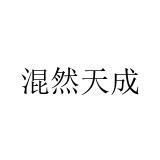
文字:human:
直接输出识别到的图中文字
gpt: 混然天成